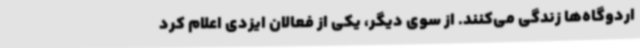
اردوگاه‌ها زندگی می‌کنند. از سوی دیگر، یکی از فعالان ایزدی اعلام کرد